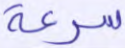
سرعة